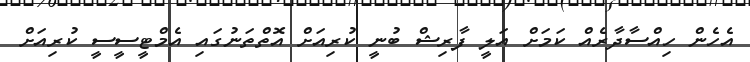
އެހެން ހިއްސާދާރެއް ކަމަށް އަލީ ފާރިޝް ބުނީ ކުރިއަށް އޮތްތަނުގައި އެމްޓީސީސީ ކުރިއަށް